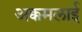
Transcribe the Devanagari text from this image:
अक्कमलाई